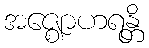
အဇ္ဈောဟရန္တိ